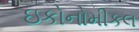
ઇકોનોમીકલ